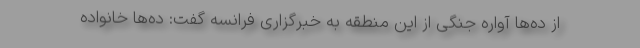
از ده‌ها آواره جنگی از این منطقه به خبرگزاری فرانسه گفت: ده‌ها خانواده